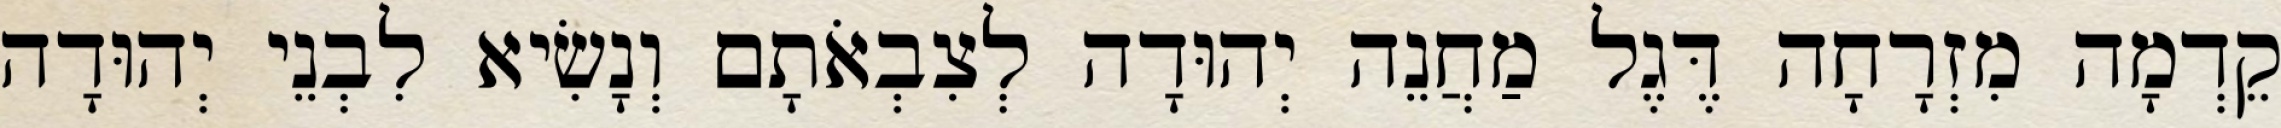
קֵדְמָה מִזְרָחָה דֶּגֶל מַחֲנֵה יְהוּדָה לְצִבְאֹתָם וְנָשִׂיא לִבְנֵי יְהוּדָה